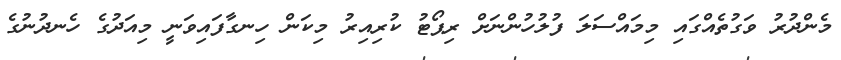
މެންދުރު ވަގުތެއްގައި މިމައްސަލަ ފުލުހުންނަށް ރިޕޯޓު ކުރިއިރު މިކަން ހިނގާފައިވަނީ މިއަދުގެ ހެނދުނުގެ